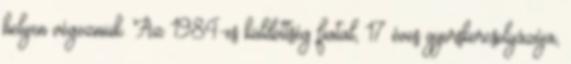
helyen végezniük. Az 1984-es küldöttség fiatal, 17 éves gyorskorcsolyázója,